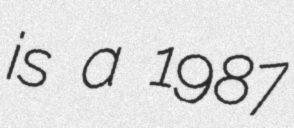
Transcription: is a 1987